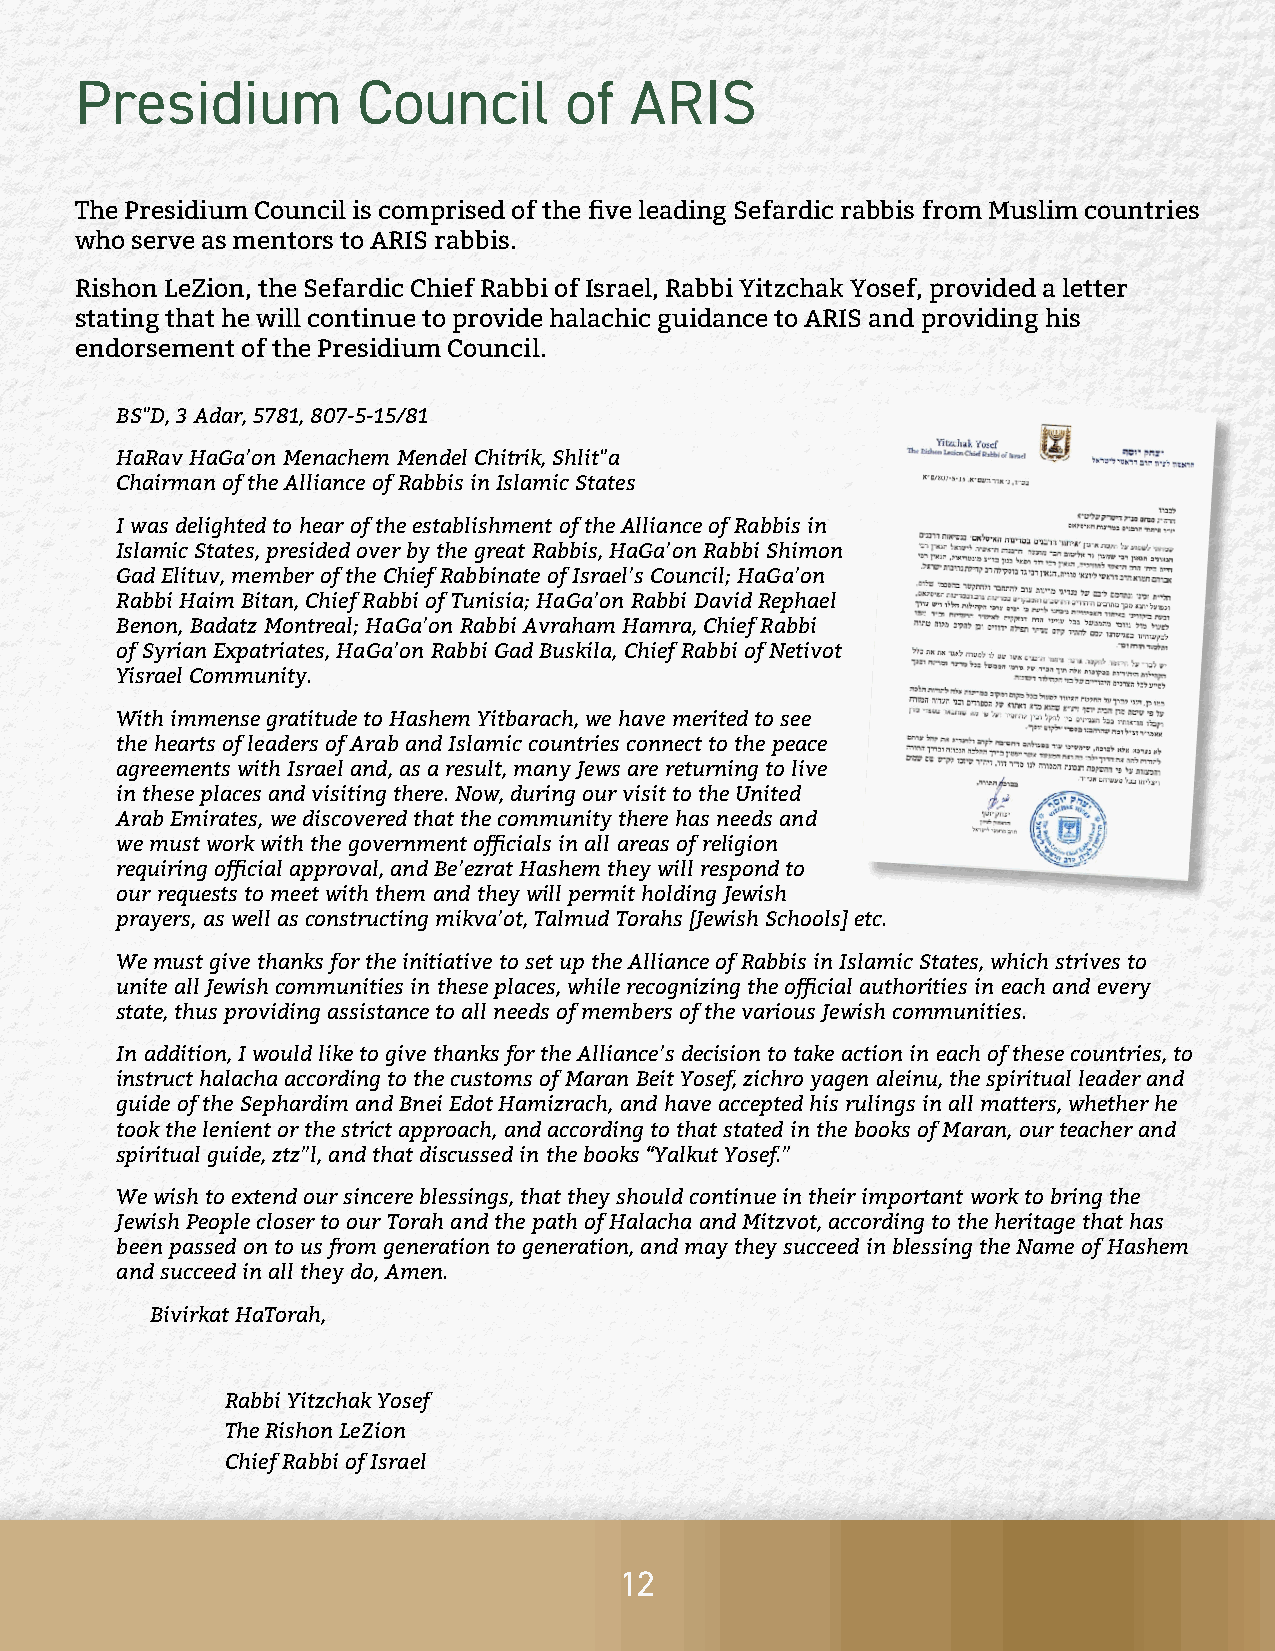
Presidium          Council      of   ARIS
 The Presidium Council is comprised of the five leading Sefardic rabbis from Muslim countries
 who serve as mentors to ARIS rabbis.
 Rishon LeZion, the Sefardic Chief Rabbi of Israel, Rabbi Yitzchak Yosef, provided a letter
 stating that he will continue to provide halachic guidance to ARIS and providing his
 endorsement of the Presidium Council.
 BS"D, 3 Adar, 5781, 807-5-15/81
 HaRav HaGa’on Menachem Mendel Chitrik, Shlit"a
 Chairman of the Alliance of Rabbis in Islamic States
 I was delighted to hear of the establishment of the Alliance of Rabbis in
 Islamic States, presided over by the great Rabbis, HaGa’on Rabbi Shimon
 Gad Elituv, member of the Chief Rabbinate of Israel’s Council; HaGa’on
 Rabbi Haim Bitan, Chief Rabbi of Tunisia; HaGa’on Rabbi David Rephael
 Benon, Badatz Montreal; HaGa’on Rabbi Avraham Hamra, Chief Rabbi
 of Syrian Expatriates, HaGa’on Rabbi Gad Buskila, Chief Rabbi of Netivot
 Yisrael Community.
 With immense gratitude to Hashem Yitbarach, we have merited to see
 the hearts of leaders of Arab and Islamic countries connect to the peace
 agreements with Israel and, as a result, many Jews are returning to live
 in these places and visiting there. Now, during our visit to the United
 Arab Emirates, we discovered that the community there has needs and
 we must work with the government officials in all areas of religion
 requiring official approval, and Be’ezrat Hashem they will respond to
 our requests to meet with them and they will permit holding Jewish
 prayers, as well as constructing mikva’ot, Talmud Torahs [Jewish Schools] etc.
 We must give thanks for the initiative to set up the Alliance of Rabbis in Islamic States, which strives to
 unite all Jewish communities in these places, while recognizing the official authorities in each and every
 state, thus providing assistance to all needs of members of the various Jewish communities.
 In addition, I would like to give thanks for the Alliance’s decision to take action in each of these countries, to
 instruct halacha according to the customs of Maran Beit Yosef, zichro yagen aleinu, the spiritual leader and
 guide of the Sephardim and Bnei Edot Hamizrach, and have accepted his rulings in all matters, whether he
 took the lenient or the strict approach, and according to that stated in the books of Maran, our teacher and
 spiritual guide, ztz”l, and that discussed in the books “Yalkut Yosef.”
 We wish to extend our sincere blessings, that they should continue in their important work to bring the
 Jewish People closer to our Torah and the path of Halacha and Mitzvot, according to the heritage that has
 been passed on to us from generation to generation, and may they succeed in blessing the Name of Hashem
 and succeed in all they do, Amen.
 Bivirkat HaTorah,
 Rabbi Yitzchak Yosef
 The Rishon LeZion
 Chief Rabbi of Israel
 12